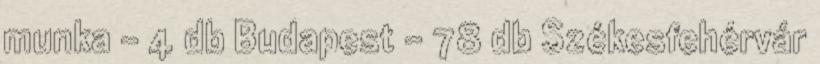
munka - 4 db Budapest - 78 db Székesfehérvár